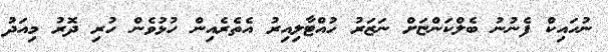
ނުހައިކް ފެނުނު ބެލްކަންޏަށް ނަޒަރު ހުއްޓާލިއިރު އެތެރެއިން ހުޅުވެން ހުރި ދޮރު މިއަދު